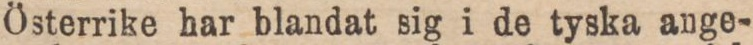
Österrike har blandat sig i de tyska ange-